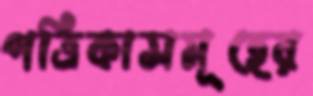
পত্রিকাসমূহের